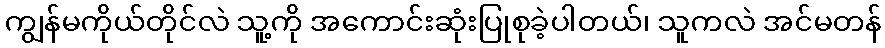
ကျွန်မကိုယ်တိုင်လဲ သူ့ကို အကောင်းဆုံးပြုစုခဲ့ပါတယ်၊ သူကလဲ အင်မတန်